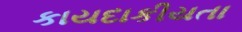
કાયદાકીયતા